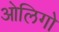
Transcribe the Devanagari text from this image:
ओलिगो